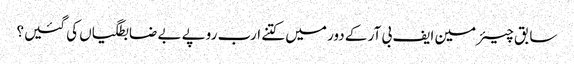
سابق چیئرمین ایف بی آر کے دور میں کتنے ارب روپے بے ضابطگیاں کی گئیں؟